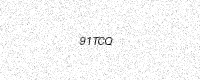
Text: 91TCQ